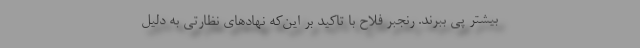
بیشتر پی ببرند. رنجبر فلاح با تاکید بر این‌که نهادهای نظارتی به دلیل